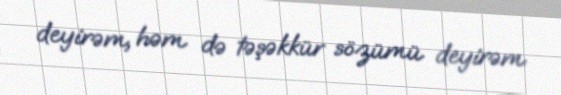
deyirəm, həm də təşəkkür sözümü deyirəm.